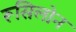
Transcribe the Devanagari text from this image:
रूसिलोन